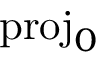
\mathrm { p r o j } _ { 0 }